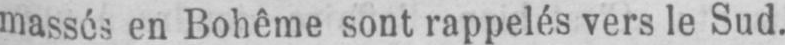
massés en Bohême sont rappelés vers le Sud.